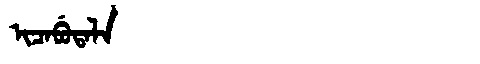
Manchu: ᡳᠴᠠᠪᡠᡨᠠᠯᠠ
Romanization: ICABUTALA